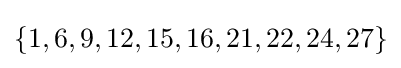
\{1,6,9,12,15,16,21,22,24,27\}